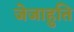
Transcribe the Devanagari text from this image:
जेजाहुति